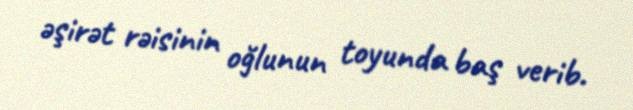
əşirət rəisinin oğlunun toyunda baş verib.